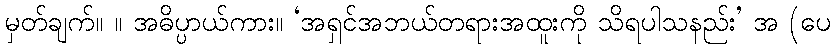
မှတ်ချက်။ ။ အဓိပ္ပာယ်ကား။ ‘အရှင်အဘယ်တရားအထူးကို သိရပါသနည်း’ အ (ပေ